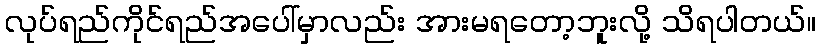
လုပ်ရည်ကိုင်ရည်အပေါ်မှာလည်း အားမရတော့ဘူးလို့ သိရပါတယ်။